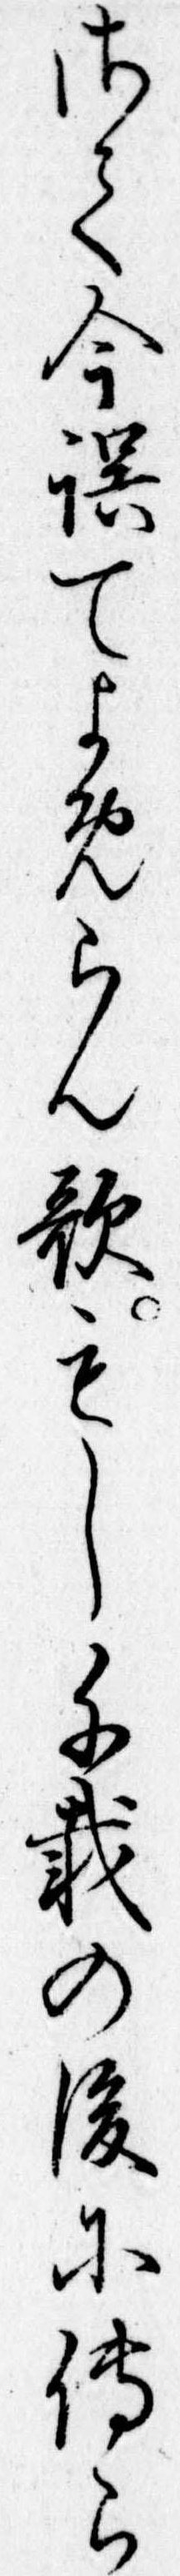
さて今誤てよめらん歌もし千載の後に伝ら